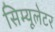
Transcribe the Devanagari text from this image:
सिम्यूलेटर